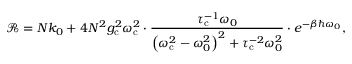
\mathcal { R } = N k _ { 0 } + { 4 N ^ { 2 } g _ { \mathrm { c } } ^ { 2 } \omega _ { \mathrm { c } } ^ { 2 } } \cdot \frac { \tau _ { \mathrm { c } } ^ { - 1 } \omega _ { 0 } } { \left( \omega _ { \mathrm { c } } ^ { 2 } - \omega _ { 0 } ^ { 2 } \right) ^ { 2 } + \tau _ { \mathrm { c } } ^ { - 2 } \omega _ { 0 } ^ { 2 } } \cdot e ^ { - \beta \hbar \omega _ { 0 } } ,